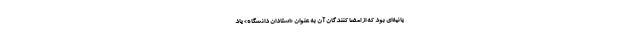
یانیه‌ای بود که از امضا کنندگان آن به عنوان «استادان دانشگاه» یاد